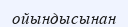
ойындысынан